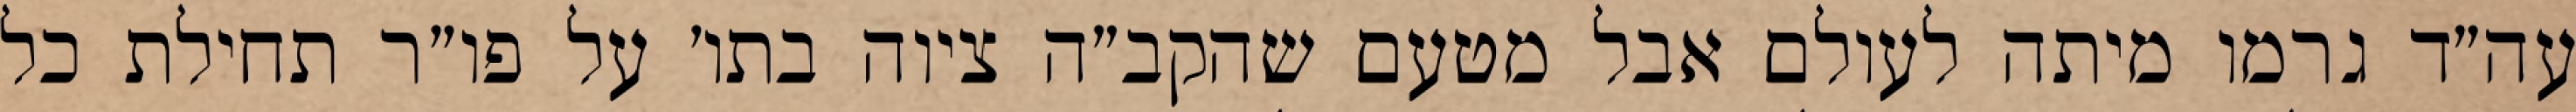
עה״ד גרמו מיתה לעולם אבל מטעם שהקב״ה ציוה בתו׳ על פו״ר תחילת כל